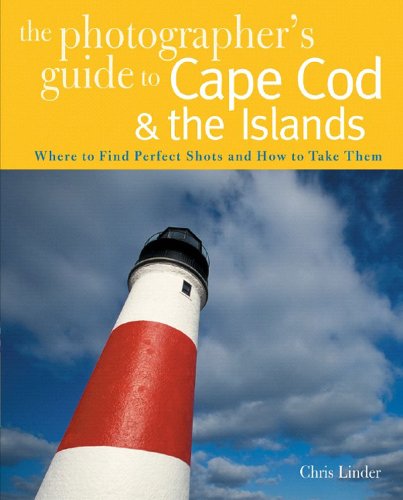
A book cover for The Photographer's Guide to Cape Cod & the Islands: Where to Find the Perfect Shots and How to Take Them; Chris Linder; Travel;